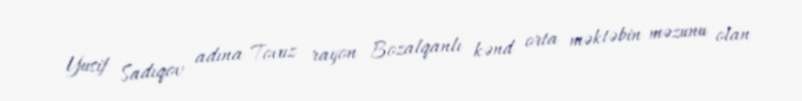
Yusif Sadıqov adına Tovuz rayon Bozalqanlı kənd orta məktəbin məzunu olan